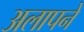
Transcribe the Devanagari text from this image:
अलापने